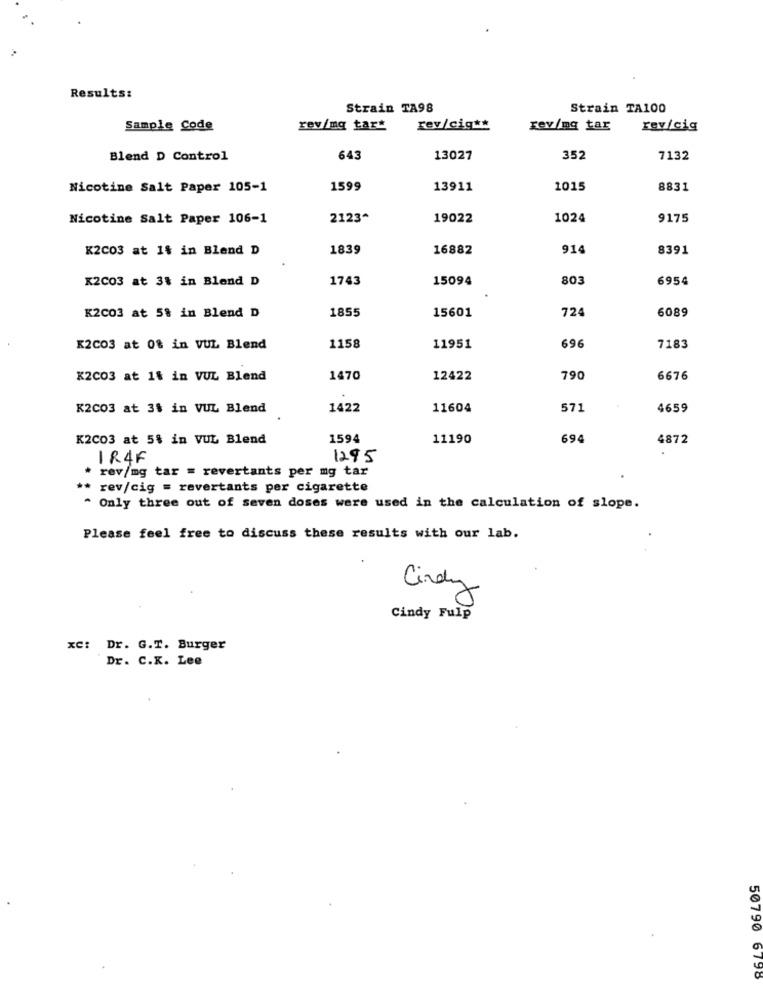
Results:
Strain TA98
Strain TA100
Sample Code
rev/mq tart
rev/cig **
rev/mq tar
rev/cig
Blend D Control
643
13027
352
7132
Nicotine Salt Paper 105-1
1599
13911
1015
8831
Nicotine Salt Paper 106-1
2123^
19022
1024
9175
K2C03 at 1% in Blend D
1839
16882
914
8391
K2C03 at 3% in Blend D
1743
15094
803
6954
K2C03 at 5% in Blend D
1855
724
6089
15601
X2CO3 at 0% in VUL Blend
1158
11951
696
7183
K2C03 at 1% in VUL Blend
1470
12422
790
6676
K2C03 at 3% in VUL Blend
1422
11604
571
4659
K2C03 at 5% in VUL Blend
1594
11190
694
4872
1R4F
1295
rev/mg tar = revertants per mg tar
rev/cig = revertants per cigarette
^ Only three out of seven doses were used in the calculation of slope.
Please feel free to discuss these results with our lab.
Cindy
Cindy Fulp
xc: Dr. G.T. Burger
Dr. C.K. Lee
50790 6798